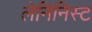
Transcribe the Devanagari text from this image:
लेनिनिस्ट